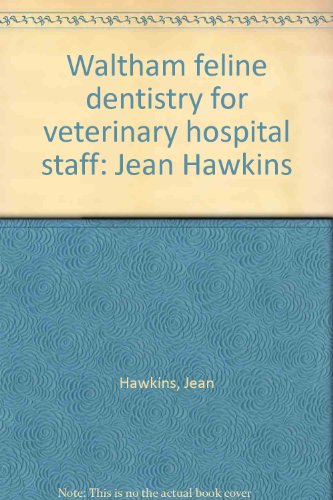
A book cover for Waltham feline dentistry for veterinary hospital staff: Jean Hawkins; Jean Hawkins; Medical Books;